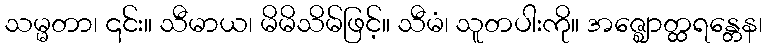
သမ္မတာ၊ ၎င်း။ သီမာယ၊ မိမိသိမ်ဖြင့်။ သီမံ၊ သူတပါးကို။ အဇ္ဈောတ္ထရန္တေန၊